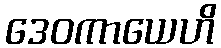
ဒေဝကာယေဟိ